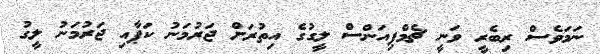
ނަމަވެސް ރިބެރީ ވަނީ ޗެމްޕިއަންސް ލީގުގެ އިތުރަށް ޖަރުމަނު ކަޕާއި ޖަރުމަނު ލީގު